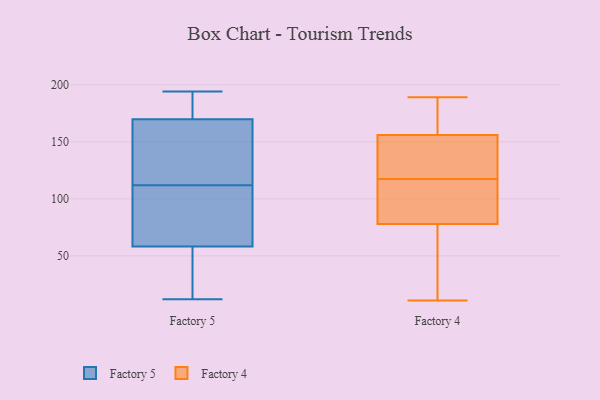
{"axis": {"x": "Satisfaction Score", "y": "Value"}, "legend": ["Factory 4", "Factory 5"], "data": [{"x": "", "y": 194, "type": "Factory 5"}, {"x": "", "y": 12, "type": "Factory 5"}, {"x": "", "y": 50, "type": "Factory 5"}, {"x": "", "y": 170, "type": "Factory 5"}, {"x": "", "y": 22, "type": "Factory 5"}, {"x": "", "y": 170, "type": "Factory 5"}, {"x": "", "y": 169, "type": "Factory 5"}, {"x": "", "y": 121, "type": "Factory 5"}, {"x": "", "y": 104, "type": "Factory 5"}, {"x": "", "y": 83, "type": "Factory 5"}, {"x": "", "y": 92, "type": "Factory 5"}, {"x": "", "y": 33, "type": "Factory 5"}, {"x": "", "y": 176, "type": "Factory 5"}, {"x": "", "y": 112, "type": "Factory 5"}, {"x": "", "y": 121, "type": "Factory 5"}, {"x": "", "y": 78, "type": "Factory 4"}, {"x": "", "y": 156, "type": "Factory 4"}, {"x": "", "y": 11, "type": "Factory 4"}, {"x": "", "y": 181, "type": "Factory 4"}, {"x": "", "y": 118, "type": "Factory 4"}, {"x": "", "y": 189, "type": "Factory 4"}, {"x": "", "y": 86, "type": "Factory 4"}, {"x": "", "y": 119, "type": "Factory 4"}, {"x": "", "y": 117, "type": "Factory 4"}, {"x": "", "y": 31, "type": "Factory 4"}]}